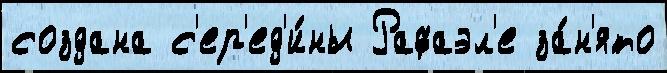
создана с'ер'ед'и́ны Рафаэл'е за́н'ято